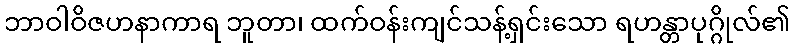
ဘာဝါဝိဇဟနာကာရ ဘူတာ၊ ထက်ဝန်းကျင်သန့်ရှင်းသော ရဟန္တာပုဂ္ဂိုလ်၏